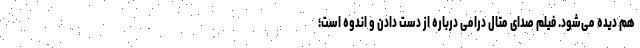
هم دیده می‌شود. فیلم صدای متال درامی درباره از دست دادن و اندوه است؛